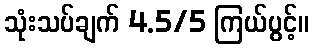
သုံးသပ်ချက် 4.5/5 ကြယ်ပွင့်။